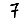
Digit: 7